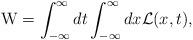
LaTeX: \begin{align*}{\rm W}=\int_{- \infty}^{\infty} dt \int_{- \infty}^{\infty} dx{\cal L}(x,t),\end{align*}